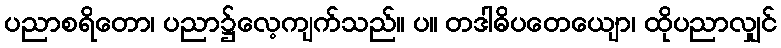
ပညာစရိတော၊ ပညာ၌လေ့ကျက်သည်။ ပ။ တဒါဓိပတေယျော၊ ထိုပညာလျှင်